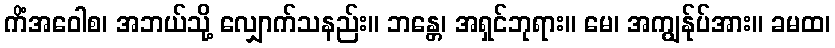
ကိံအဝေါစ၊ အဘယ်သို့ လျှောက်သနည်း။ ဘန္တေ၊ အရှင်ဘုရား။ မေ၊ အကျွန်ုပ်အား။ ခမထ၊